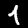
Label: 4